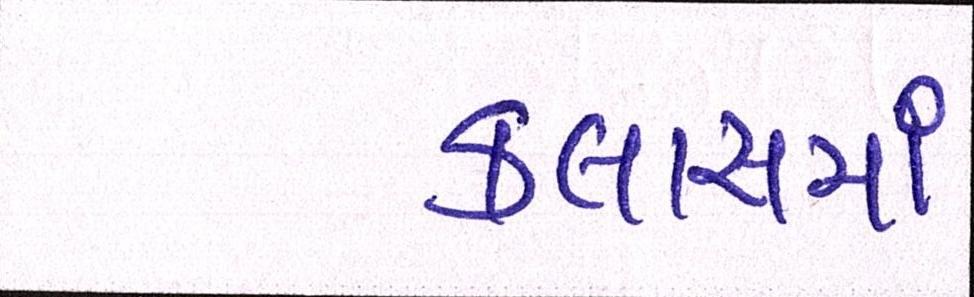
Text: ક્લાસમાં